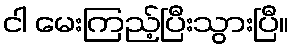
ငါ မေးကြည့်ပြီးသွားပြီ။